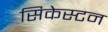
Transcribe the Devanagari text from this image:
सिकेस्टन